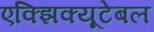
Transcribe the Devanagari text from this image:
एक्झिक्यूटेबल